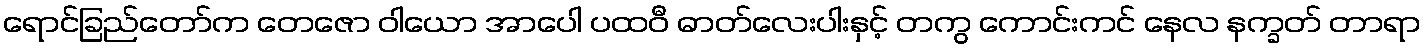
ရောင်ခြည်တော်က တေဇော ဝါယော အာပေါ ပထဝီ ဓာတ်လေးပါးနှင့် တကွ ကောင်းကင် နေလ နက္ခတ် တာရာ